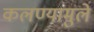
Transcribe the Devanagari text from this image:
कलण्यामुले